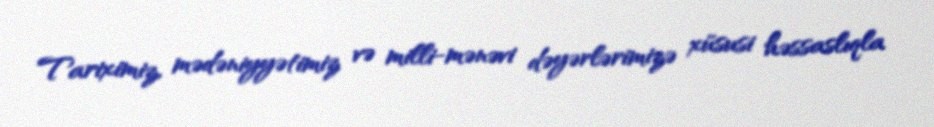
Tariximiz, mədəniyyətimiz və milli-mənəvi dəyərlərimizə xüsusi həssaslıqla